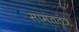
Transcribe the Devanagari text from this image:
सामंततंत्र